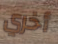
أخري